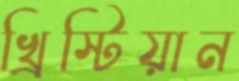
খ্রিস্টিয়ান